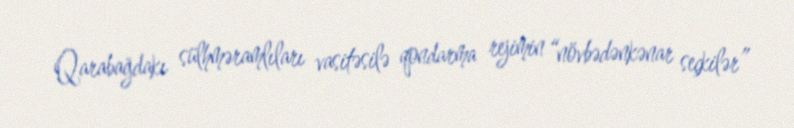
Qarabağdakı sülhməramlıları vasitəsilə qondarma rejimin “növbədənkənar seçkilər”